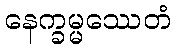
နေက္ခမ္မဿေတံ